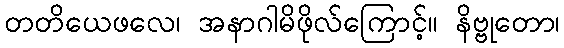
တတိယေဖလေ၊ အနာဂါမိဖိုလ်ကြောင့်။ နိဗ္ဗုတော၊